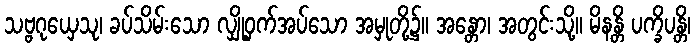
သဗ္ဗဂုယှေသု၊ ခပ်သိမ်းသော လျှို့ဝှက်အပ်သော အမှုတို့၌။ အန္တော၊ အတွင်းသို့။ မိနန္တိ ပက္ခိပန္တိ၊